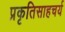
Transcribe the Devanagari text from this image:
प्रकृतिसाहचर्य